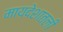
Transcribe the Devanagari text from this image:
मायदेशातली